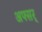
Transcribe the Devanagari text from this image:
अफ्सर्